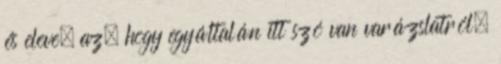
és eleve, az, hogy egyáltalán itt szó van varázslatról,